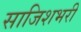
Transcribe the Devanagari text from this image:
साजिशभरी